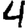
Digit: 4